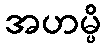
အဟမ္ပိ